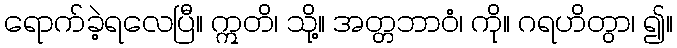
ရောက်ခဲ့ရလေပြီ။ ဣတိ၊ သို့။ အတ္တဘာဝံ၊ ကို။ ဂရဟိတွာ၊ ၍။